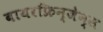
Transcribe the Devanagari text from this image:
बायरफ्रिन्जेन्स